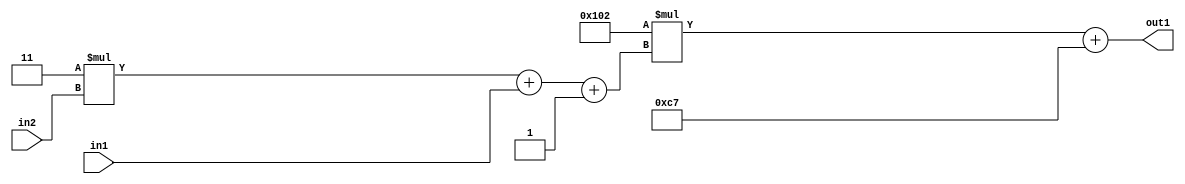
`timescale 1ps / 1ps
/*****************************************************************************
    Verilog RTL Description
    
    
    Created by: Stratus DpOpt 2019.1.01 
*******************************************************************************/

module DC_Filter_Add2i199Mul2i258Add3i1u1Mul2i3u2_4 (
	in2,
	in1,
	out1
	); /* architecture "behavioural" */ 
input [1:0] in2;
input  in1;
output [11:0] out1;
wire [11:0] asc001;
wire [3:0] asc002;

wire [3:0] asc002_tmp_0;
wire [3:0] asc002_tmp_1;
assign asc002_tmp_1 = 
	+(4'B0011 * in2);
assign asc002_tmp_0 = asc002_tmp_1
	+(in1);
assign asc002 = asc002_tmp_0
	+(4'B0001);

wire [11:0] asc001_tmp_2;
assign asc001_tmp_2 = 
	+(12'B000100000010 * asc002);
assign asc001 = asc001_tmp_2
	+(12'B000011000111);

assign out1 = asc001;
endmodule

/* CADENCE  vrTxSAE= : u9/ySgnWtBlWxVPRXgAZ4Og= ** DO NOT EDIT THIS LINE ******/